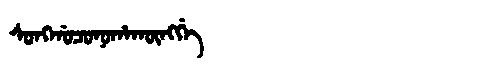
Manchu: ᠰᠣᠩᡤᠣᠴᠣᠨᠣᡥᠠᡴᡡᠩᡤᡝ
Romanization: SONGGOCONOHAKŪNGGE